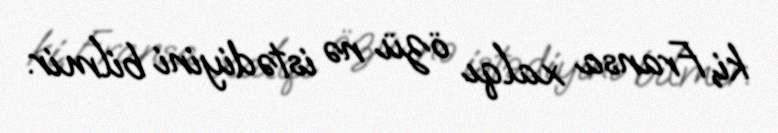
ki, Fransa xalqı özü nə istədiyini bilmir.